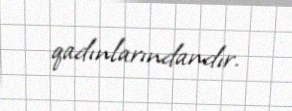
qadınlarındandır.